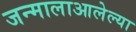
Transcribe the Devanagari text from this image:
जन्मालाआलेल्या